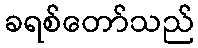
ခရစ်တော်သည်